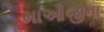
માઓજીના